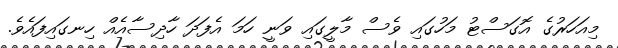
މިއަހަރުގެ އޮގަސްޓު މަހުގައި ވެސް މާލީގައި ވަނީ ހަމަ އެފަދަ ހާދިސާއެއް ހިނގައިފައެވެ.